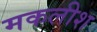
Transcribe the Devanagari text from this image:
मकलीश